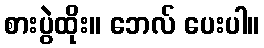
စားပွဲထိုး။ ဘေလ် ပေးပါ။